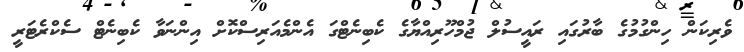
ވެރިކަން ހިންގުމުގެ ބާރުގައި ރައީސުލް ޖުމްހޫރިއްޔާގެ ކެބިނެޓްގަ އެންމެއަރިސްކޮށް އިންނަވާ ކެބިނެޓް ސެކްރެޓަރީ